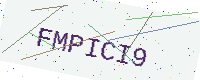
Text: FMPICI9